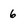
Character: 6